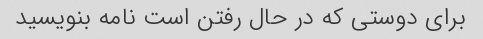
برای دوستی که در حال رفتن است نامه بنویسید